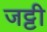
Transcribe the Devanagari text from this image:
जट्टी